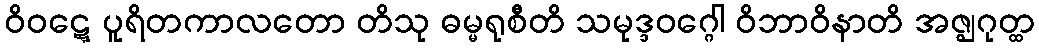
ဝိဝဋ္ဋေ ပူရိတကာလတော တိသု ဓမ္မရုစီတိ သမုဒ္ဒဝဂ္ဂေါ ဝိဘာဝိနာတိ အဇ္ဈဂုတ္ထ